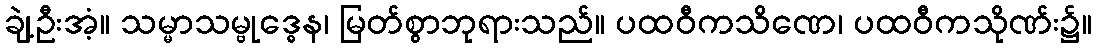
ချဲ့ဦးအံ့။ သမ္မာသမ္ဗုဒ္ဓေန၊ မြတ်စွာဘုရားသည်။ ပထဝီကသိဏေ၊ ပထဝီကသိုဏ်း၌။